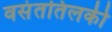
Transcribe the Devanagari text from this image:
वसंततिलकी